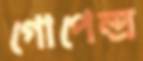
গোপেন্দ্র